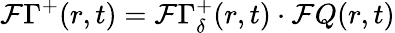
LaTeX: \mathcal{F}\Gamma^{+}(r,t)=\mathcal{F}\Gamma_{\delta}^{+}(r,t)\cdot\mathcal{F}Q(r,t)